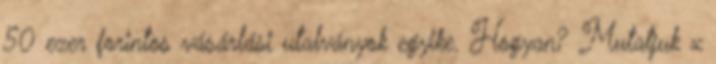
50 ezer forintos vásárlási utalványok egyike. Hogyan? Mutatjuk x